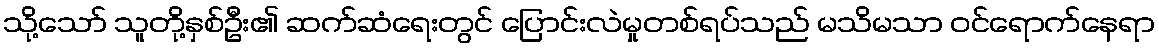
သို့သော် သူတို့နှစ်ဦး၏ ဆက်ဆံရေးတွင် ပြောင်းလဲမှုတစ်ရပ်သည် မသိမသာ ဝင်ရောက်နေရာ